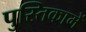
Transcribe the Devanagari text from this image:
पुस्‍तिकामें